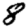
Digit: 8